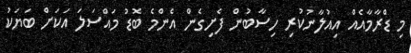
މި ޑްރާމާއެއް އިއުލާނުކުރި ހިސާބުން ފެށިގެން އެންމެ ބޮޑު މައްސަލަ އަކަށް ބަޔަކު